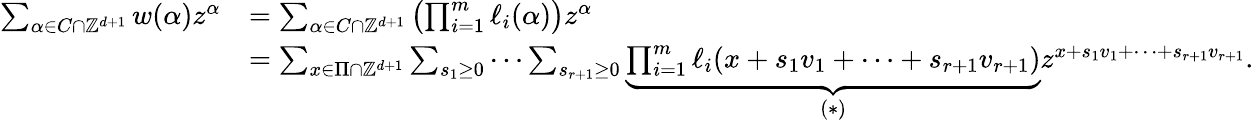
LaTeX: \begin{array}{rl}{\sum_{\alpha\in C\cap\mathbb{Z}^{d+1}}w(\alpha)z^{\alpha}}&{=\sum_{\alpha\in C\cap\mathbb{Z}^{d+1}}\left(\prod_{i=1}^{m}\ell_{i}(\alpha)\right)z^{\alpha}}\\ &{=\sum_{x\in\Pi\cap\mathbb{Z}^{d+1}}\sum_{s_{1}\geq 0}\cdots\sum_{s_{r+1}\geq 0}\underbrace{\prod_{i=1}^{m}\ell_{i}({x+s_{1}v_{1}+\cdots+s_{r+1}v_{r+1}})}_{(*)}z^{x+s_{1}v_{1}+\cdots+s_{r+1}v_{r+1}}.}\end{array}